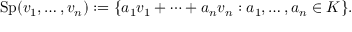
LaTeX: \operatorname { S p } ( v _ { 1 } , \ldots , v _ { n } ) : = \{ a _ { 1 } v _ { 1 } + \cdots + a _ { n } v _ { n } : a _ { 1 } , \ldots , a _ { n } \in K \} .